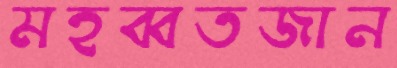
মহব্বতজান